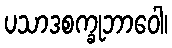
ပသာဒစက္ခုဘာဝေါ၊